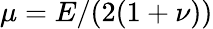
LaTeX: \mu=E/(2(1+\nu))